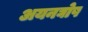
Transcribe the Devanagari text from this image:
अयनघोष